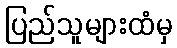
ပြည်သူများထံမှ